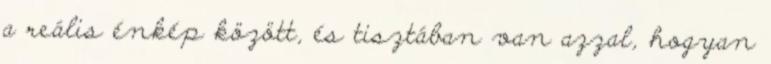
a reális énkép között, és tisztában van azzal, hogyan